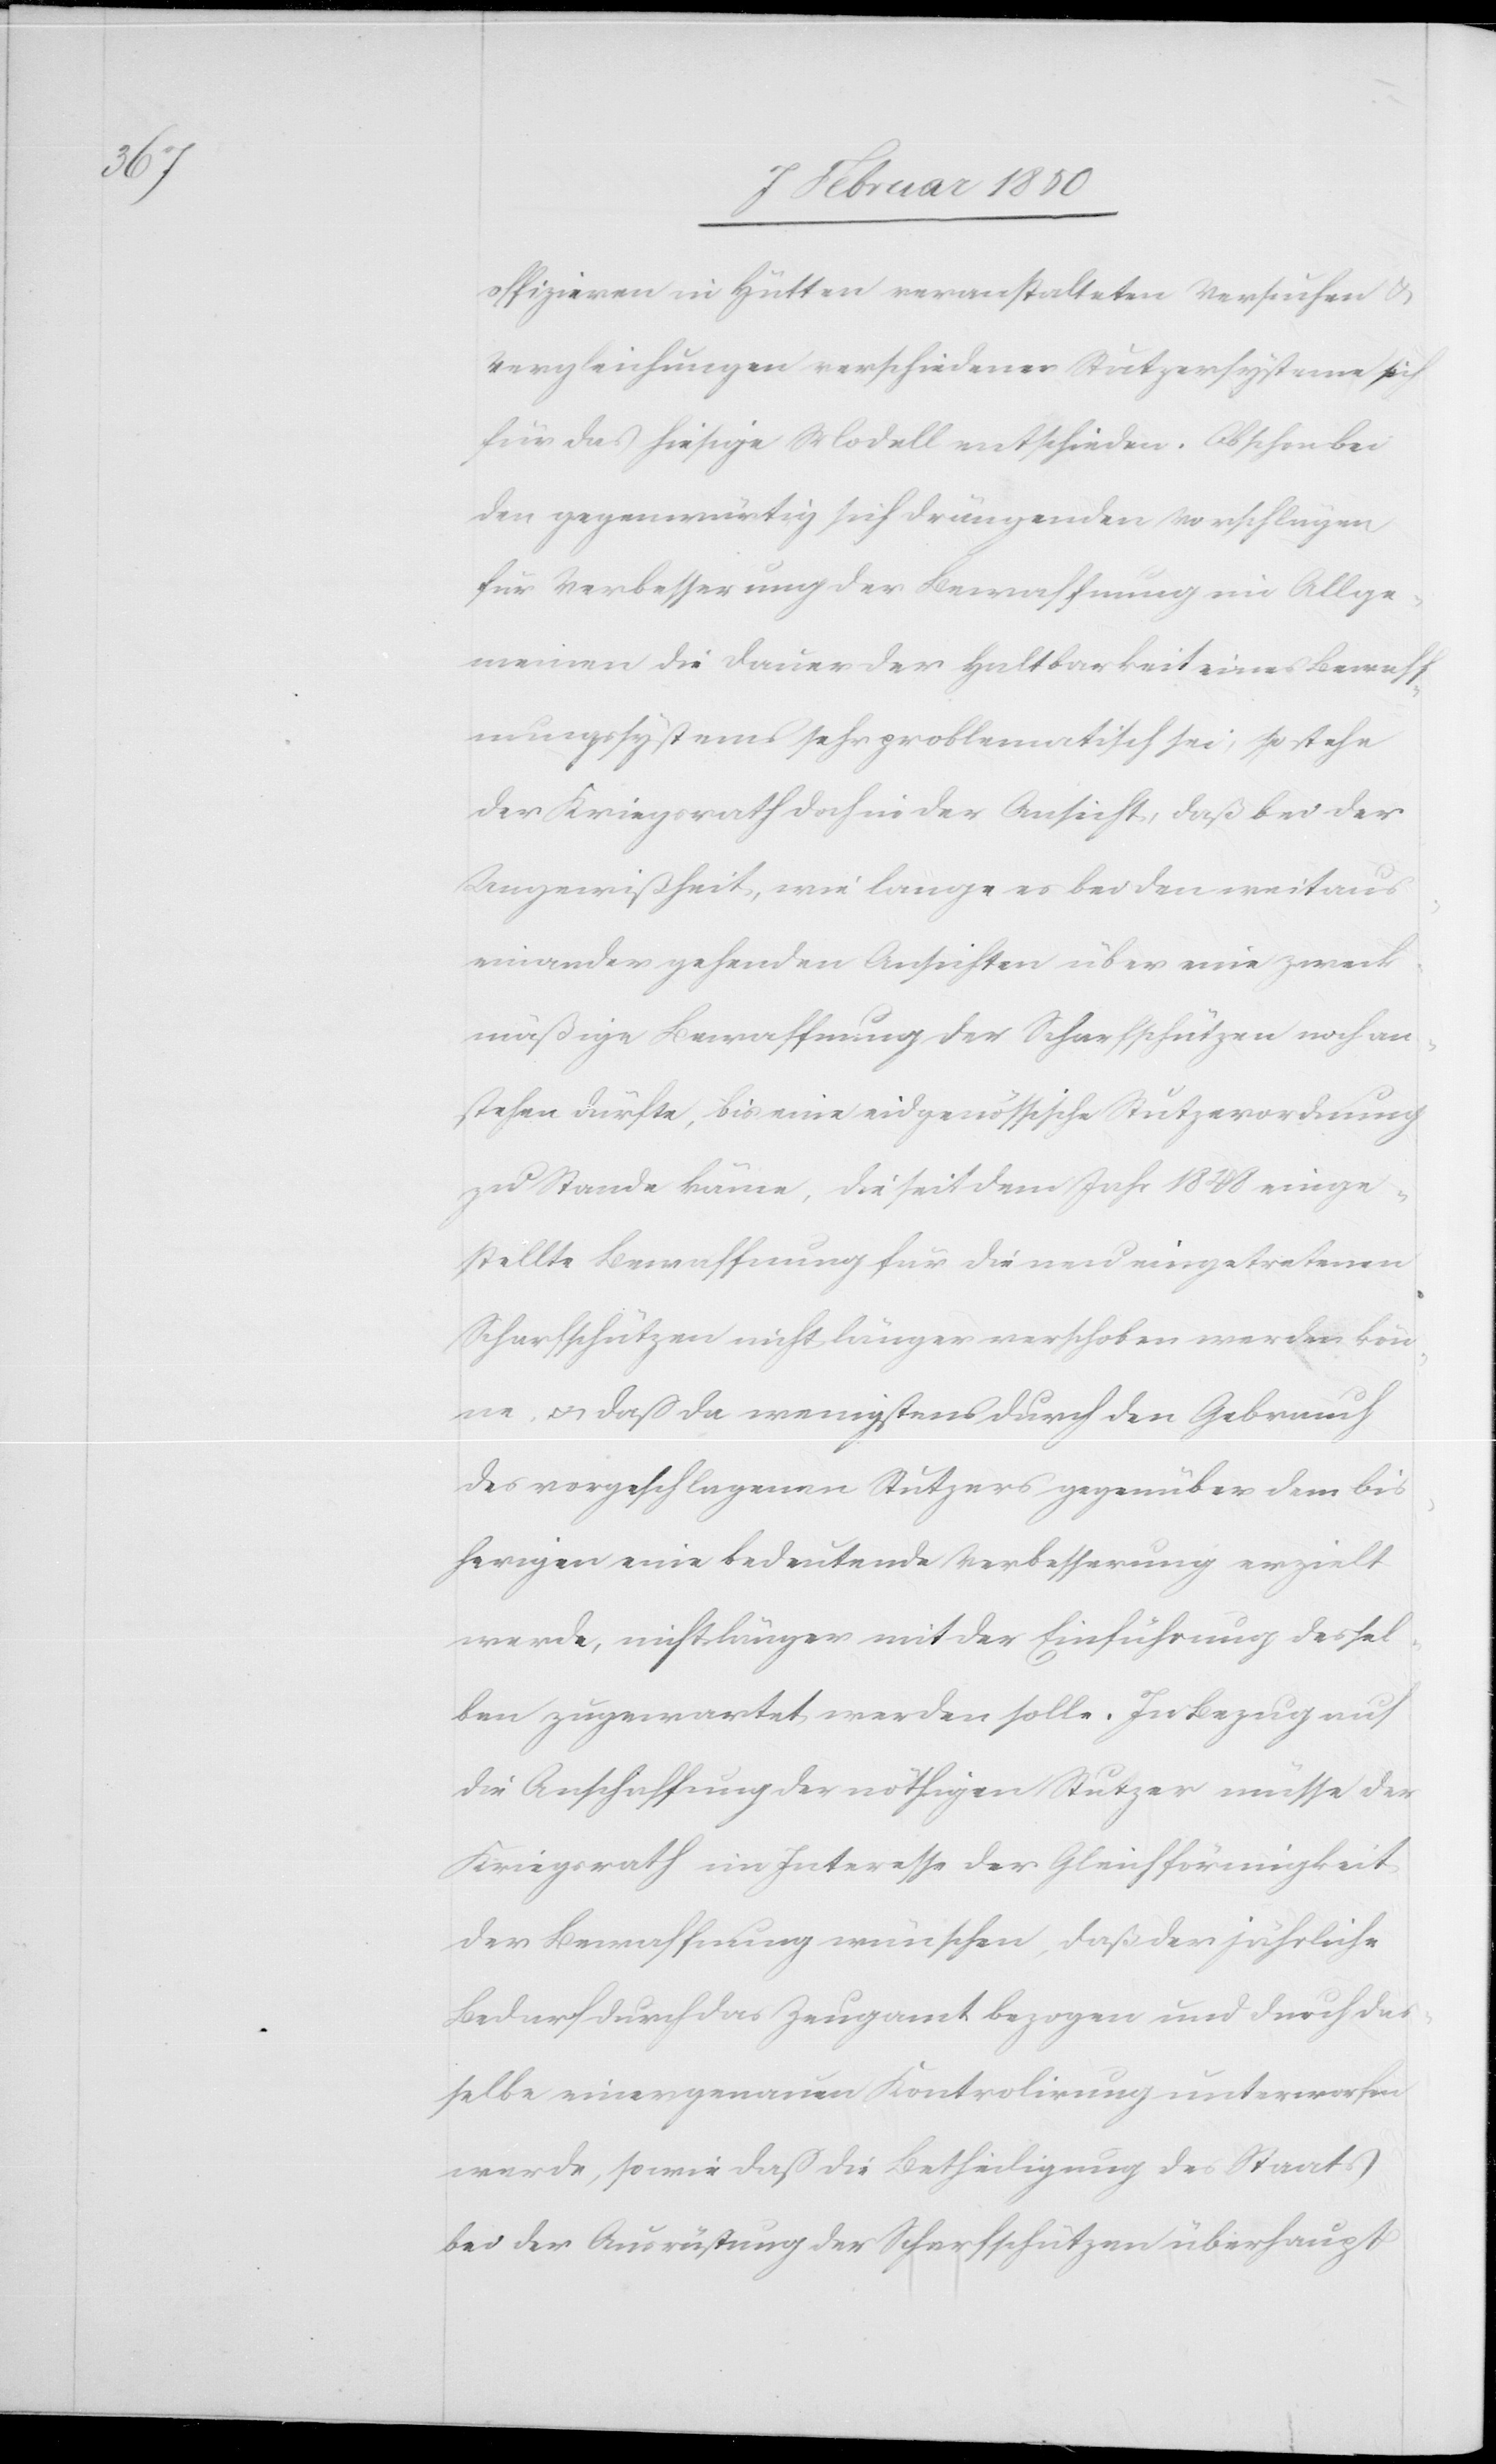
offizieren in Hütten veranstalteten Versuchen u.
Vergleichungen verschiedener Stutzersysteme sich
für das hiesige Modell entschieden. Obschon bei
den gegenwärtig sich drängenden Vorschlägen
für Verbesserung der Bewaffnung im Allge¬
meinen die Dauer der Haltbarkeit eines Bewaff¬
nungssystems sehr problematisch sei, so stehe
der Kriegsrath doch in der Ansicht, daß bei der
Ungewißheit, wie lange es bei den weit aus¬
einander gehenden Ansichten über eine zweck¬
mäßige Bewaffnung der Scharfschützen noch an¬
stehen dürfte, bis eine eidgenössische Stutzerordnung
zu Stande käme, die seit dem Jahr 1848 einge¬
stellte Bewaffnung für die neu eingetretenen
Scharfschützen nicht länger verschoben werden kön¬
ne u. daß da wenigstens durch den Gebrauch
des vorgeschlagenen Stutzers gegenüber dem bis¬
herigen eine bedeutende Verbesserung erzielt
werde, nicht länger mit der Einführung dessel¬
ben zugewartet werden solle. In Bezug auf
die Anschaffung der nöthigen Stutzer müsse der
Kriegsrath im Interesse der Gleichförmigkeit
der Bewaffnung wünschen, daß der jährliche
Bedarf durch das Zeugamt bezogen und durch das¬
selbe einer genauen Kontrolirung unterworfen
werde, sowie daß die Betheiligung des Staats
bei der Ausrüstung der Scharfschützen überhaupt